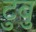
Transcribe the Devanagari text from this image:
टुबु